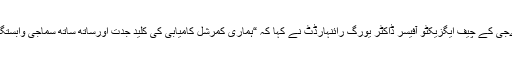
بایر ہیلتھ کیئر اےجی کے چیف ایگزیکٹو آفیسر ڈاکٹر یورگ رائنہارڈٹ نے کہا کہ “ہماری کمرشل کامیابی کی کلید جدت اورساتھ ساتھ سماجی وابستگی کی بنیادیں ہیں۔